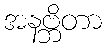
အနဗ္ဘိတာ